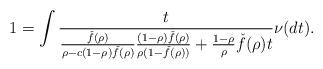
LaTeX: \begin{align*}1 &= \int \frac{t}{\frac{\check{f}(\rho)}{\rho-c(1-\rho)\check{f}(\rho)}\frac{(1-\rho)\check{f}(\rho)}{\rho(1-\check{f}(\rho))} + \frac{1-\rho}{\rho}\check{f}(\rho)t }\nu(dt).\end{align*}